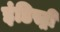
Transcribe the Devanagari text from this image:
इंडिस्ट्री